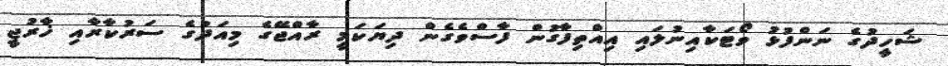
ޝަހީދުގެ ނަންފުޅު ވޯޓަކާއިނުލައި އިއްތިފާގުން ފާސްވެގެން ދިޔަކަމީ ރާއްޖޭގެ މިއަދުގެ ސަރުކާރާއި ޚާރުޖީ